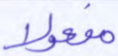
مفعولا